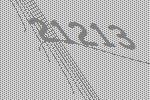
21213